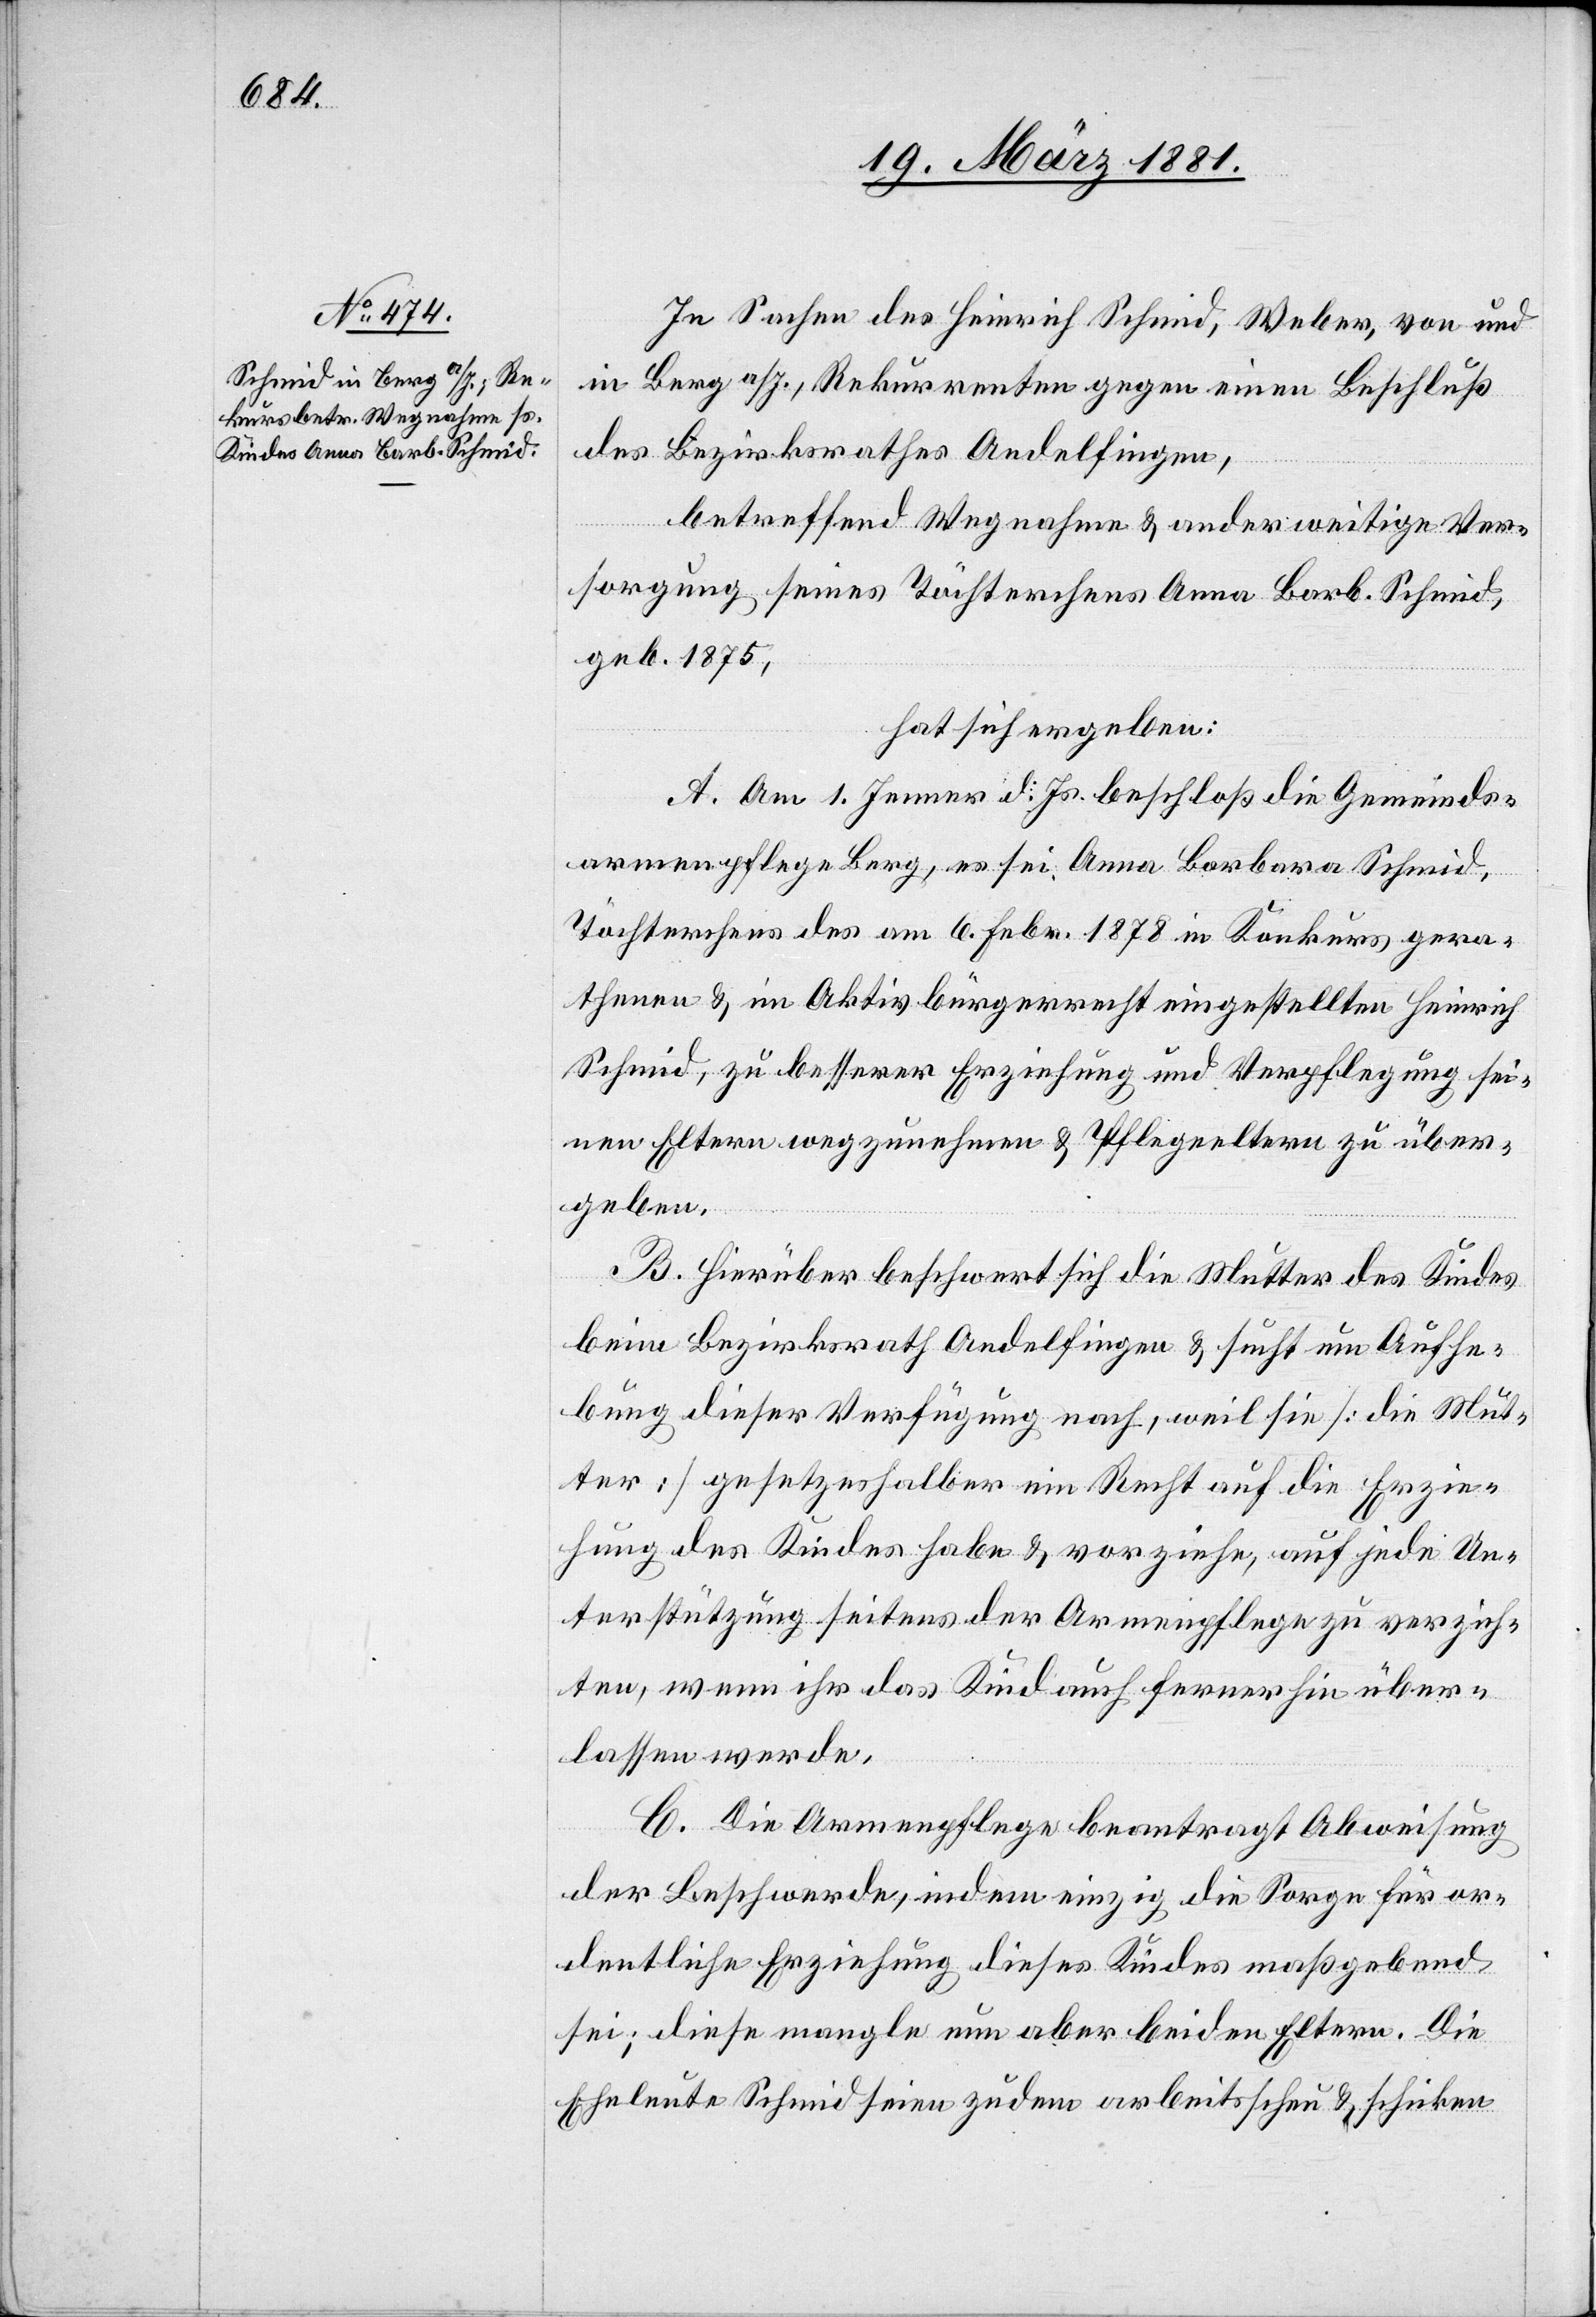
In Sachen des Heinrich Schmid, Weber, von und
in Berg a/I., Rekurrenten gegen einen Beschluß
des Bezirksrathes Andelfingen,
betreffend Wegnahme & anderweitige Ver¬
sorgung seines Töchterchens Anna Barb. Schmid,
geb. 1875,
hat sich ergeben:
A. Am 1. Jenner d. Js. beschloß die Gemeinds¬
armenpflege Berg, es sei Anna Barbara Schmid,
Töchterchens [sic!] des am 6. Febr. 1878 in Konkurs gera¬
thenen & im Aktivbürgerrecht eingestellten Heinrich
Schmid, zu besserer Erziehung und Verpflegung sei¬
nen Eltern wegzunehmen & Pflegeeltern zu über¬
geben.
B. Hierüber beschwert sich die Mutter des Kindes
beim Bezirksrath Andelfingen & sucht um Aufhe¬
bung dieser Verfügung nach, weil sie [die Mut¬
ter] gesetzeshalber ein Recht auf die Erzie¬
hung des Kindes habe & vorziehe, auf jede Un¬
terstützung seitens der Armenpflege zu verzich¬
ten, wenn ihr das Kind auch fernerhin über¬
lassen werde.
C. Die Armenpflege beantragt Abweisung
der Beschwerde, indem einzig die Sorge für or¬
dentliche Erziehung dieses Kindes maßgebend
sei; diese mangeln nun aber beiden Eltern. Die
Eheleute Schmid seien zudem arbeitsscheu & schicken